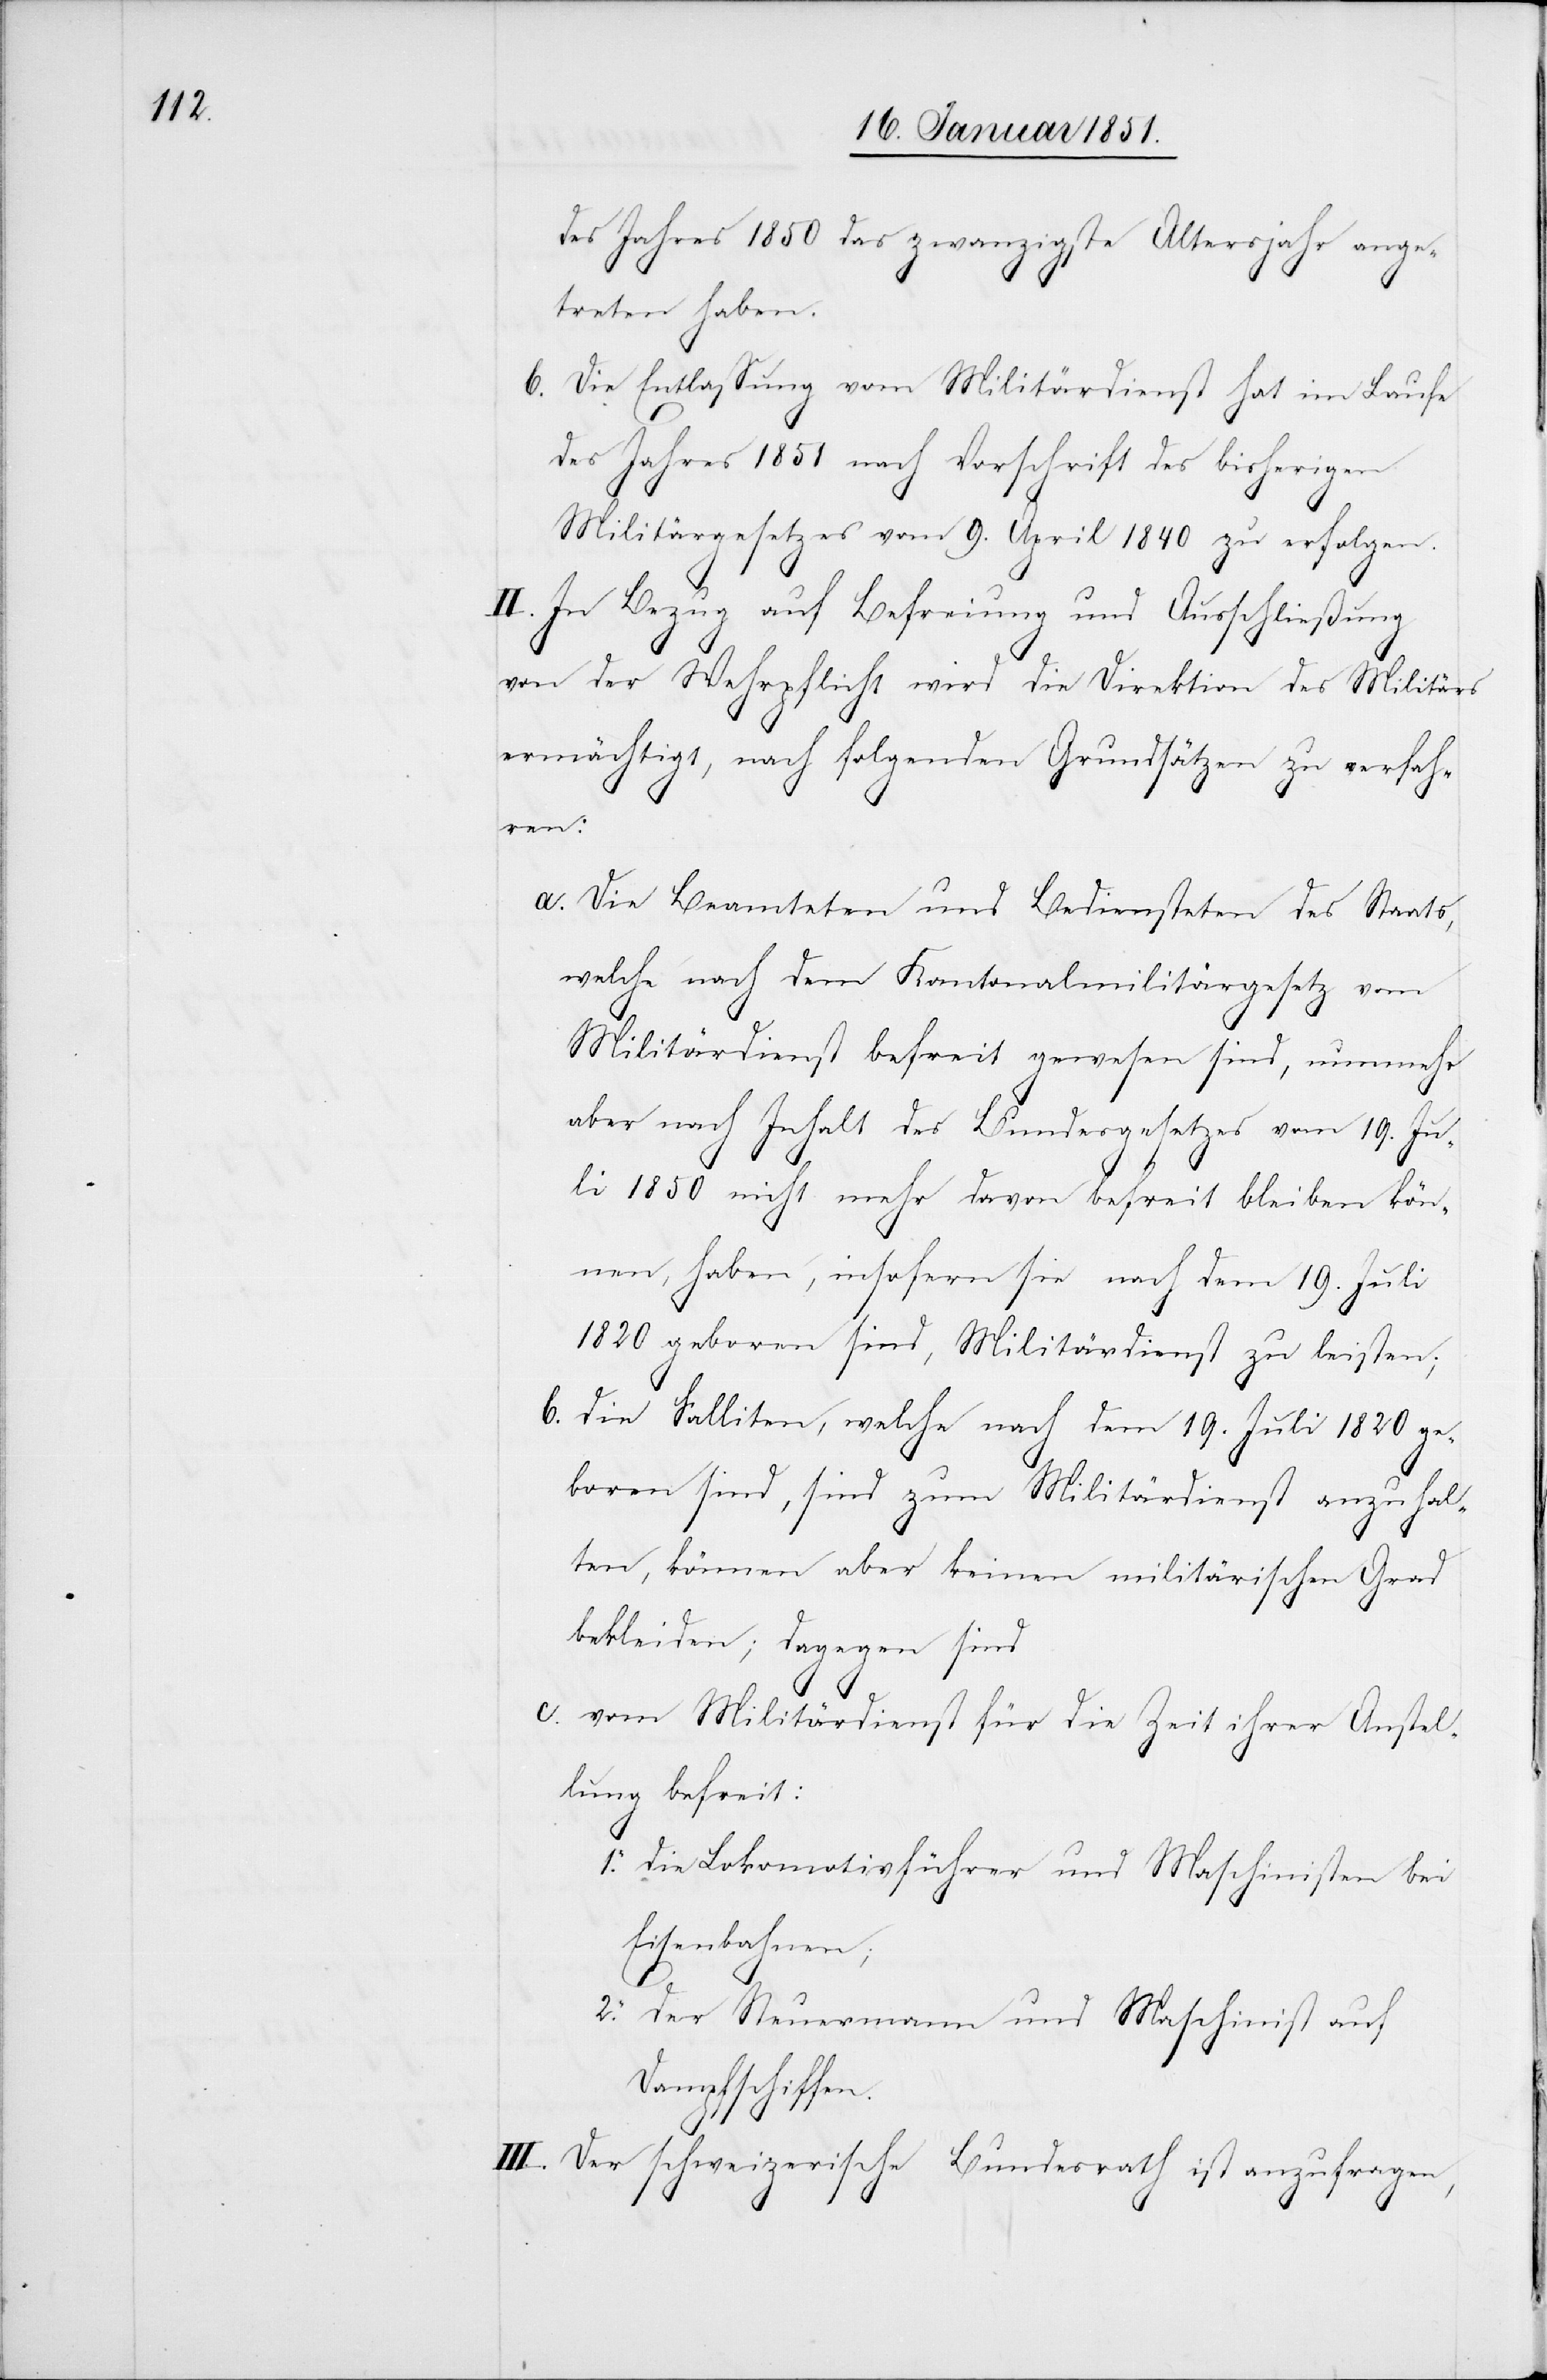
des Jahres 1850 das zwanzigste Altersjahr ange¬
treten haben.
Die Entlassung vom Militärdienst hat im Laufe
des Jahres 1851 nach Vorschrift des bisherigen
Militärgesetzes vom 9. April 1840 zu erfolgen.
b.
II. In Bezug auf Befreiung und Ausschließung
von der Wehrpflicht wird die Direktion des Militärs
ermächtigt, nach folgenden Grundsätzen zu verfah¬
ren:
Die Beamteten und Bediensteten des Staats,
welche nach dem Kantonalmilitärgesetz vom
Militärdienst befreit gewesen sind, nunmehr
aber nach Inhalt des Bundesgesetzes vom 19. Ju¬
li 1850 nicht mehr davon befreit bleiben kön¬
nen, haben, insofern sie nach dem 19. Juli
1820 geboren sind, Militärdienst zu leisten;
die Falliten, welche nach dem 19. Juli 1820 ge¬
boren sind, sind zum Militärdienst anzuhal¬
ten, können aber keinen militärischen Grad
bekleiden; dagegen sind
c.
vom Militärdienst für die Zeit ihrer Anstel¬
lung befreit:
die Lokomotivführer und Maschinisten bei
Eisenbahnen;
2.
der Steuermann und Maschinist auf
Dampfschiffen.
III. Der schweizerische Bundesrath ist anzufragen,